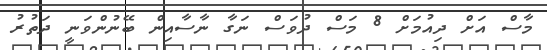
މާސް އަށް ދިއުމަށް 8 މަސް ދުވަސް ނަގާ ނާސާއިން ބޭނުންވަނީ ދަތުރު